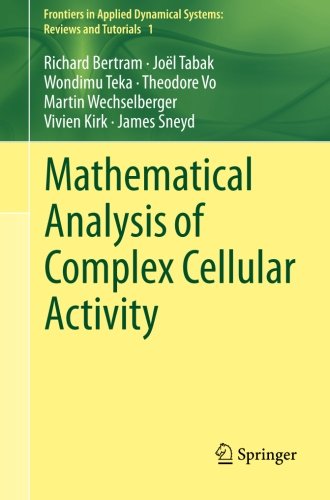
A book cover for Mathematical Analysis of Complex Cellular Activity (Frontiers in Applied Dynamical Systems: Reviews and Tutorials); Richard Bertram; Science & Math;